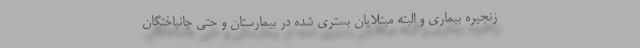
زنجیره بیماری و البته مبتلایان بستری شده در بیمارستان و حتی جانباختگان